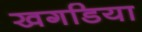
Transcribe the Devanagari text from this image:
खगडिया